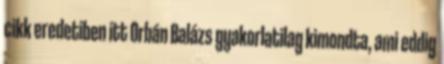
cikk eredetiben itt Orbán Balázs gyakorlatilag kimondta, ami eddig